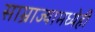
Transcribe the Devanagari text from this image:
साम्राज्यामध्येही